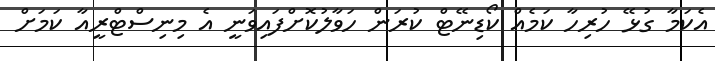
އެކަމާ ގުޅޭ ހުރިހާ ކަމެއް ކޯޑިނޭޓް ކުރަން ހަވާލުކޮށްފައިވަނީ އެ މިނިސްޓްރީއާ ކަމަށް